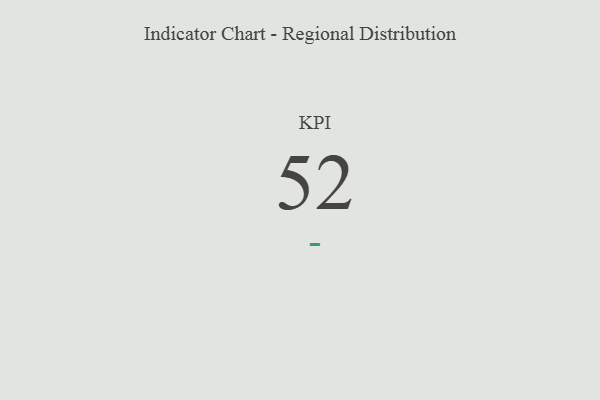
{"axis": {"x": "KPI", "y": "Value"}, "legend": [""], "data": [{"x": "KPI", "y": 52, "type": ""}]}